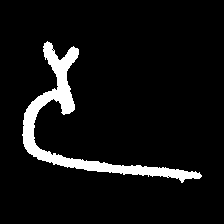
Pyu character \u2014 Myanmar letter: ဒ (romanized: da)